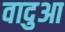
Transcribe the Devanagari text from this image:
वादुआ